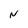
Character: N